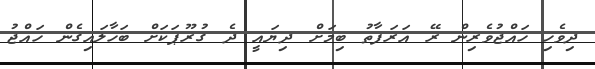
ދިވެހި ހައްޖުވެރިން ރޭ އަރަފާތު ބިމަށް ދިޔައީ ދެ ގުރޫޕަކަށް ބަހާލައިގެން ހައްޖު